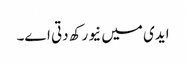
ایدی میں نیو رکھ دتی اے۔